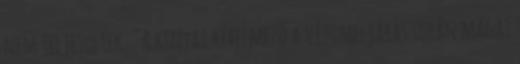
nem teljesültek. "A kenyai kérelmező a vízumeljárás során magát